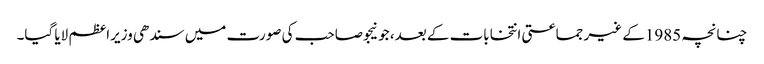
چنانچہ 1985کے غیر جماعتی انتخابات کے بعد، جونیجو صاحب کی صورت میں سندھی وزیراعظم لایا گیا۔